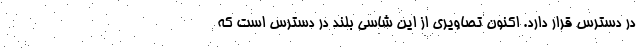
در دسترس قرار دارد. اکنون تصاویری از این شاسی بلند در دسترس است که